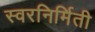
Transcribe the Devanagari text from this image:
स्वरनिर्मिती